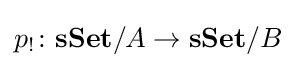
p_{!}\colon \mathbf {sSet} /A\rightarrow \mathbf {sSet} /B